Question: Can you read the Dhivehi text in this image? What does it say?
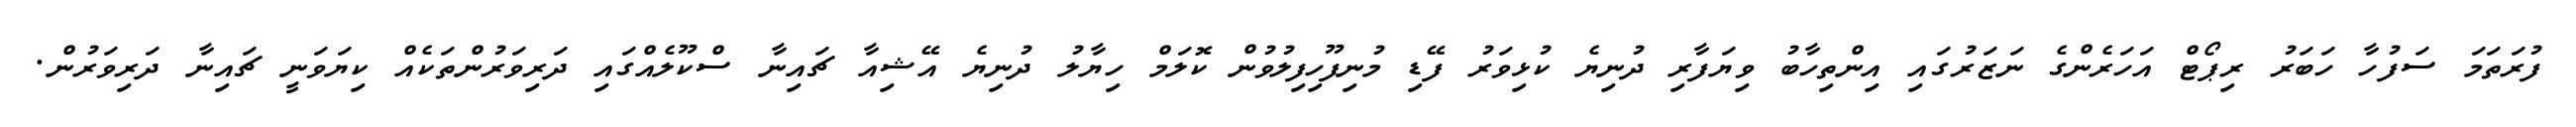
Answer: ފުރަތަމަ ސަފުހާ ހަބަރު ރިޕޯޓް އަހަރެންގެ ނަޒަރުގައި އިންތިހާބު ވިޔަފާރި ދުނިޔެ ކުޅިވަރު ފޭޑި މުނިފޫހިފިލުވުން ކޮލަމް ހިޔާލު ދުނިޔެ އޭޝިއާ ޗައިނާ ސްކޫލެއްގައި ދަރިވަރުންތަކެއް ކިޔަވަނީ ޗައިނާ ދަރިވަރުން.